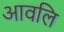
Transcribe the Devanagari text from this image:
आवलि